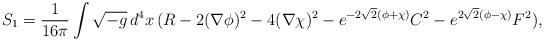
LaTeX: \begin{align*}S_{1}=\frac{1}{16\pi} \int \sqrt{-g}\, d^4x\, (R- 2 (\nabla \phi)^2- 4 (\nabla \chi)^2 -e^{-2\sqrt{2}(\phi+\chi)} C^2 -e^{2\sqrt{2}(\phi-\chi)} F^2) ,\end{align*}